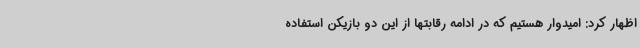
اظهار کرد: امیدوار هستیم که در ادامه رقابتها از این دو بازیکن استفاده